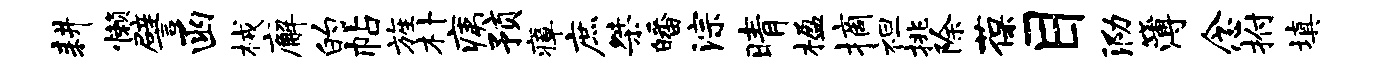
耕懒譬函械廨的帖旌朴痍预瘴庶桀皤淙晴楹摘袒挑除葆目泐簿念拊填